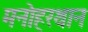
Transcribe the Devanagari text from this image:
मनोहरथान